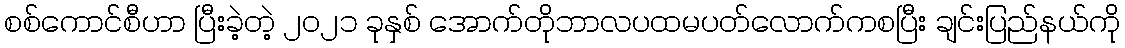
စစ်ကောင်စီဟာ ပြီးခဲ့တဲ့ ၂၀၂၁ ခုနှစ် အောက်တိုဘာလပထမပတ်လောက်ကစပြီး ချင်းပြည်နယ်ကို